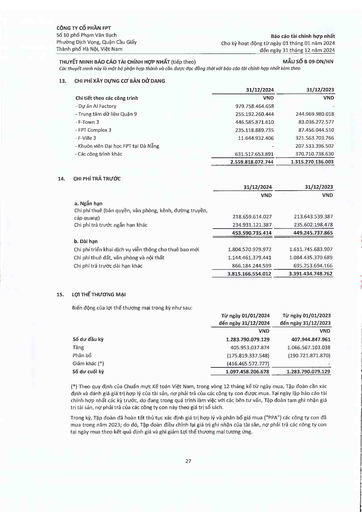
||31/12/2024|31/12/2023| |---|---|---| |Chi tiết theo các công trình|VND|VND| |- Dự án AI Factory|979.758.464.658|| |- Trung tâm dữ liệu Quận 9|255.192.260.444|244.969.980.018| |- F-Town 3|446.585.871.610|83.036.272.577| |- FPT Complex 3|235.118.889.735|87.456.044.510| |F-Ville 3|11.644.932.406|321.563.703.766| |- Khuôn viên Đại học FPT tại Đà Nẵng||207.533.396.502| |- Các công trình khác|631.517.653.891|370.710.738.630| ||2.559.818.072.744|1.315.270.136.003| ||31/12/2024|31/12/2023| |---|---|---| ||VND|VND| |a. Ngắn hạn||| |Chi phí thuê (bản quyền, văn phòng, kênh, đường truyền, cáp quang)|218.659.614.027|213.643.539.387| |Chi phí trả trước ngắn hạn khác|234.931.121.387|235.602.198.478| ||453.590.735.414|449.245.737.865| |b. Dài hạn||| |Chi phí triển khai dịch vụ viễn thông cho thuê bao mới|1.804.520.929.972|1.611.745.683.907| |Chi phí thuê đất, văn phòng và nội thất|1.144.461.379.441|1.084.435.370.689| |Chi phí trả trước dài hạn khác|866.184.244.599|695.253.694.166| ||3.815.166.554.012|3.391.434.748.762| ||Từ ngày 01/01/2024 đến ngày 31/12/2024|Từ ngày 01/01/2023 đến ngày 31/12/2023| |---|---|---| ||VND|VND| |Số dư đầu kỳ|1.283.790.079.129|407.944.847.961| |Tăng|405.953.037.874|1.066.567.103.038| |Phân bổ|(175.819.337.548)|(190.721.871.870)| |Giảm khác (*)|(416.465.572.777)|| |Số dư cuối kỳ|1.097.458.206.678|1.283.790.079.129|